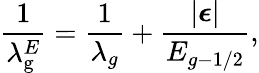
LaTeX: \frac{1}{{\lambda_{\mathrm{{g}}}^{E}}}=\frac{1}{{{\lambda_{g}}}}+\frac{{\left|{\boldsymbol{\epsilon}}\right|}}{{{E_{g-1/2}}}},